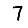
Digit: 7